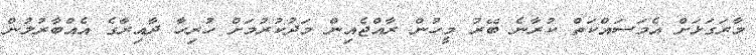
މާރަގަޅަށް އެމަސައްކަތް ކުރާނެ ބޭރު މީހުން ރާއްޖެއިން މަދުކުރުމަށް ހުރިހާ ދާއިރާގެ އެއްބާރުލުން